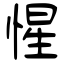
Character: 惺